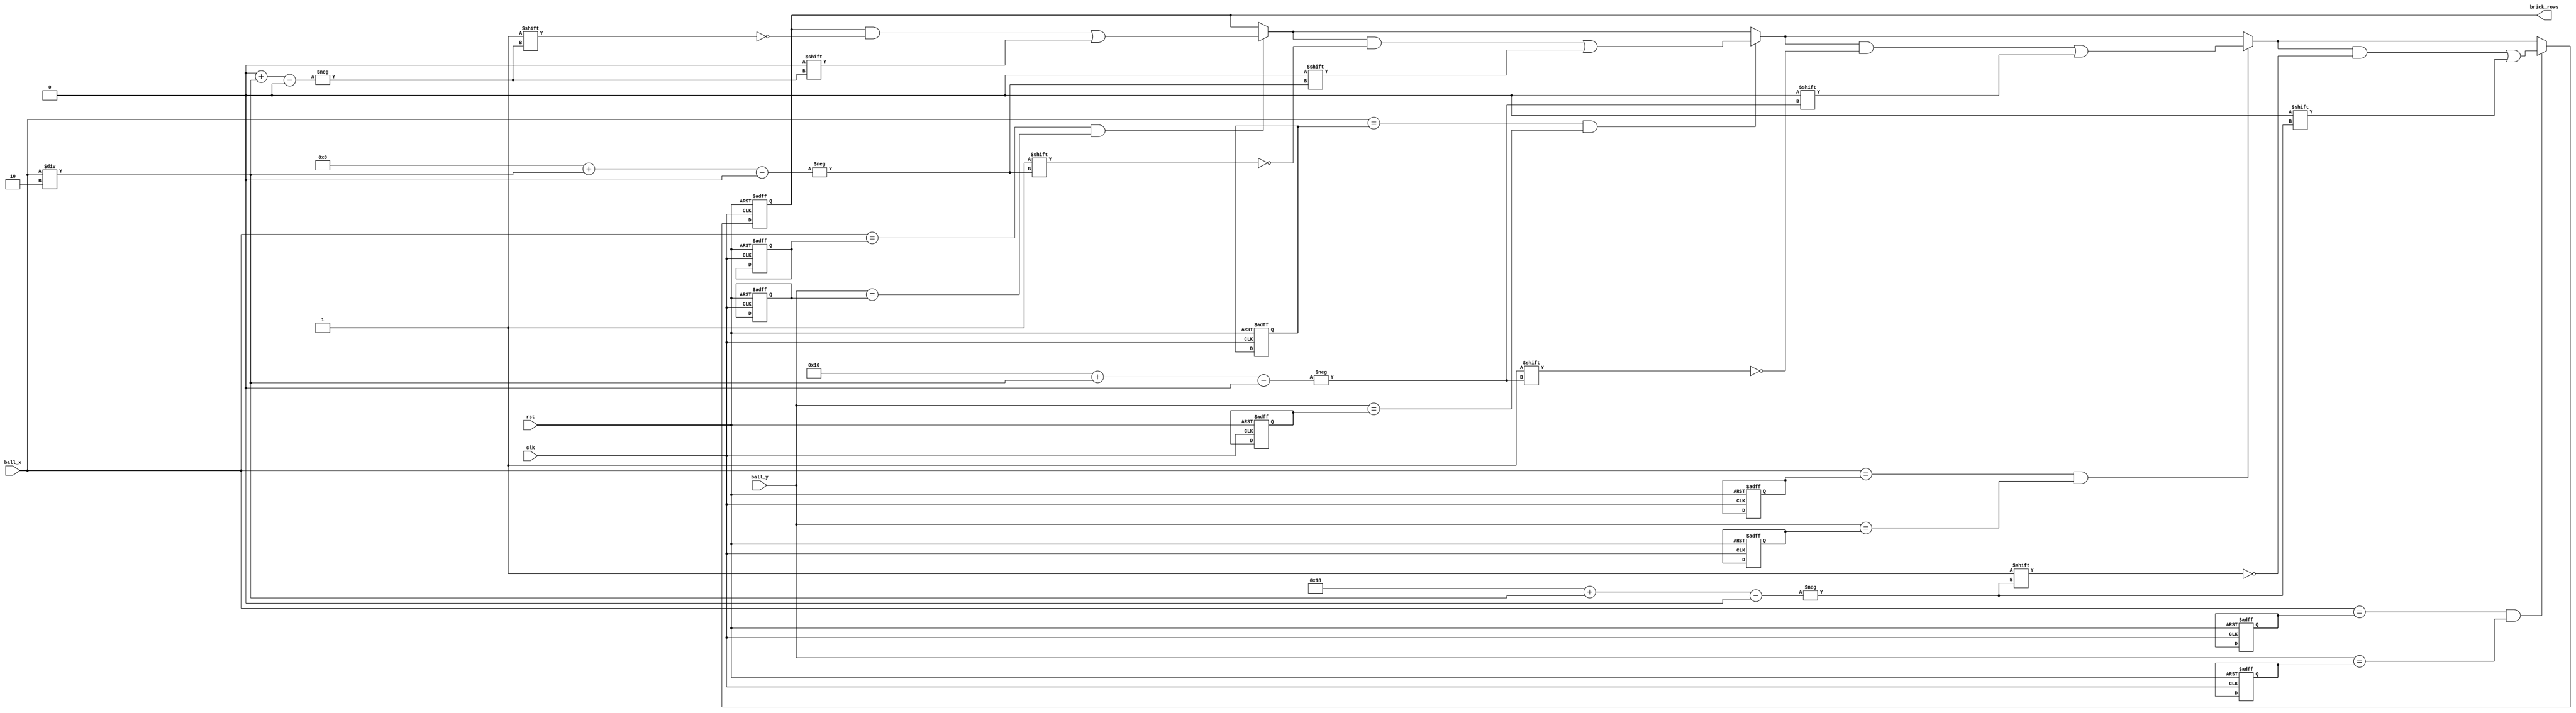
module Brick(
  input wire clk,                 
  input wire rst,
  input wire ball_x,ball_y,  
  output wire [7:0] brick_rows  
         
);


  parameter HEIGHT = 20;
  parameter WIDTH = 80;
  parameter BRICKS_PER_ROW = 8;    
  parameter NUM_BRICK_ROWS = 4;    

  reg brick_collision;
  reg [7:0] bricks;                 
  reg [3:0] brick_positions_x [NUM_BRICK_ROWS-1:0]; 
  reg [3:0] brick_positions_y [NUM_BRICK_ROWS-1:0]; 
  reg i;

  always @(posedge clk or posedge rst) begin
    if (rst) begin
      for ( i = 0; i < NUM_BRICK_ROWS; i = i + 1) begin
        brick_positions_x[i] <= i * WIDTH; 
        brick_positions_y[i] <= 0;     
      end
      
      bricks <= {BRICKS_PER_ROW{1'b1}};
      brick_collision <= 1'b0;
    end else begin
      brick_collision <= 0; // Reset collision flag

      

      for ( i = 0; i < NUM_BRICK_ROWS; i = i + 1) begin
        if (ball_x == brick_positions_x[i] && ball_y == brick_positions_y[i]) begin
          // Collision detected
          bricks[i * BRICKS_PER_ROW + (ball_x / 2)] <= 1'b0; 
          brick_collision <= 1; 
      end
		end
    end
  end

  // Output brick rows
  assign brick_rows = bricks;

endmodule